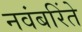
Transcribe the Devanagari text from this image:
नवंबरिंते